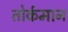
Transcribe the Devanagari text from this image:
तोर्कमान